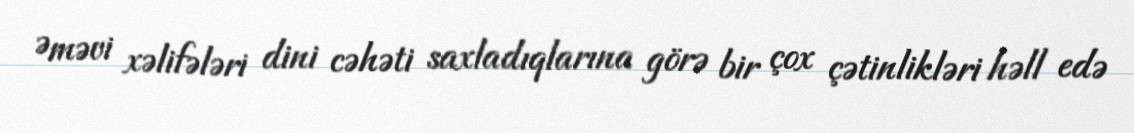
Əməvi xəlifələri dini cəhəti saxladıqlarına görə bir çox çətinlikləri həll edə